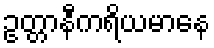
ဥတ္တာနီကရိယမာနေ